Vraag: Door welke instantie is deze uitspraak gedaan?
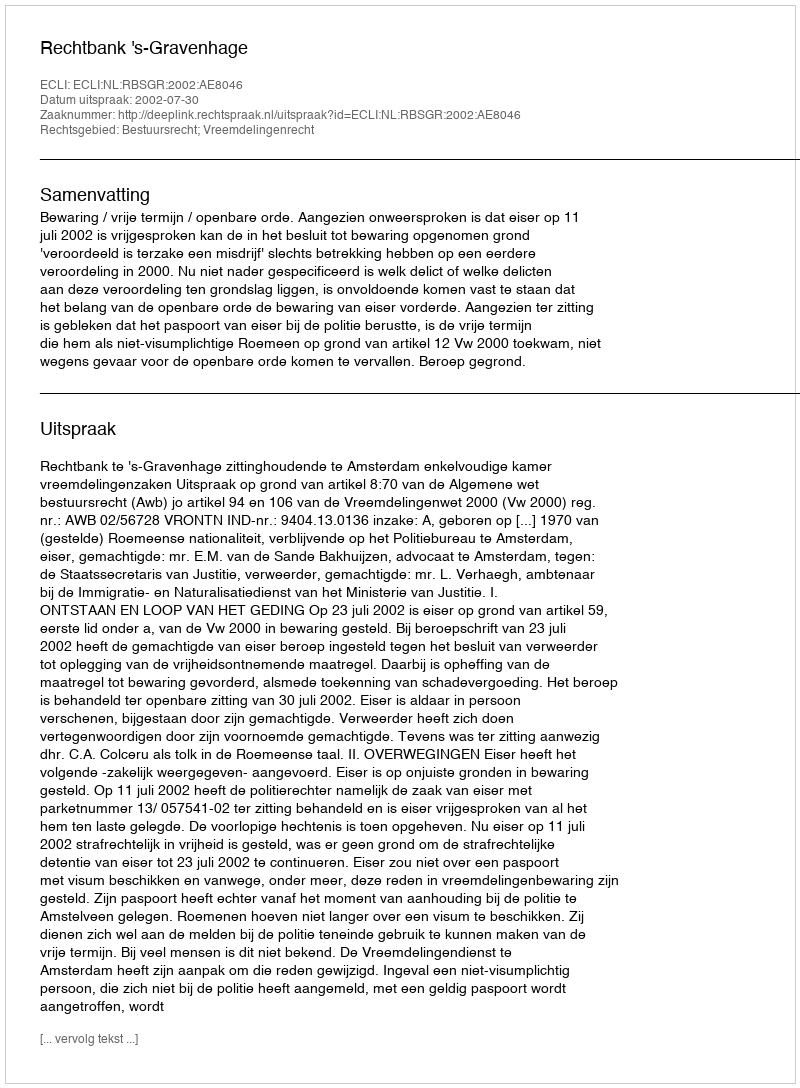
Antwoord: Rechtbank 's-Gravenhage